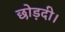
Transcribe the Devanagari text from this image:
छोड़दी।